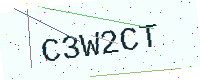
Text: C3W2CT